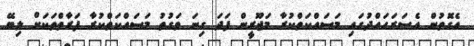
އެގޮތުން އެސަރަހައްދުގައި މަސައްކަތްކުރާ މަޖޫރީން ފަދަ ގިނަ ވަގުތު މަސައްކަތްކުރާ ފަރާތްތަކަށް ލިބޭ